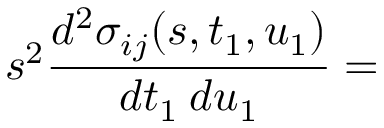
s ^ { 2 } \frac { d ^ { 2 } \sigma _ { i j } ( s , t _ { 1 } , u _ { 1 } ) } { d t _ { 1 } \: d u _ { 1 } } =